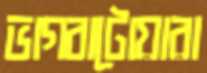
ভাগবাটোয়ারা